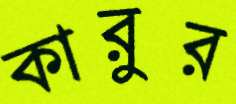
কারুর